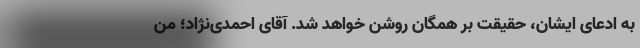
به ادعای ایشان، حقیقت بر همگان روشن خواهد شد. آقای احمدی‌نژاد؛ من